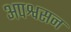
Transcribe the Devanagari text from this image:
अपश्वसन